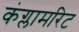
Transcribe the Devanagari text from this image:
कंग्लामरिट